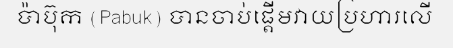
ប៉ាប៊ុក (Pabuk) បានចាប់ផ្តើមវាយប្រហារលើ